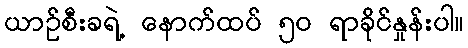
ယာဉ်စီးခရဲ့ နောက်ထပ် ၅၀ ရာခိုင်နှုန်းပါ။